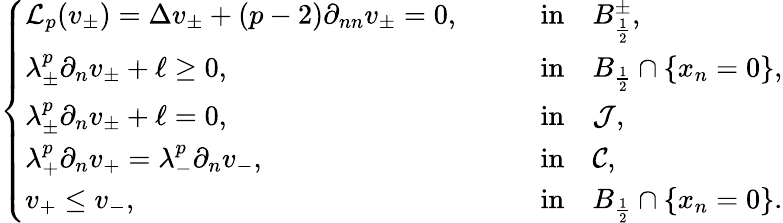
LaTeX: \left\{ \begin{array}{ll}{\mathcal{L}_{p}(v_{\pm})=\Delta v_{\pm}+(p-2)\partial_{nn}v_{\pm}=0,\qquad}&{\mathrm{in}\quad B_{\frac{1}{2}}^{\pm},}\\ {\lambda_{\pm}^{p}\partial_{n}v_{\pm}+\ell\geq 0,\qquad}&{\mathrm{in}\quad B_{\frac{1}{2}}\cap\{ x_{n}=0\} ,}\\ {\lambda_{\pm}^{p}\partial_{n}v_{\pm}+\ell=0,\qquad}&{\mathrm{in}\quad\mathcal{J},}\\ {\lambda_{+}^{p}\partial_{n}v_{+}=\lambda_{-}^{p}\partial_{n}v_{-},\qquad}&{\mathrm{in}\quad\mathcal{C},}\\ {v_{+}\leq v_{-},\qquad}&{\mathrm{in}\quad B_{\frac{1}{2}}\cap\{ x_{n}=0\} .}\end{array}\right.